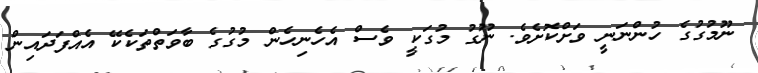
ނޫމުގުގެ ހުންނަނީ ވަށްކޮށެވެ. ނޫގު މުގަކީ ވެސް އެހެނިހެން މުގުގެ ބާވަތްތަކެކޭ އެއްފަދައިން